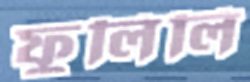
ফুলিলি